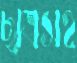
ছাত্রসহ